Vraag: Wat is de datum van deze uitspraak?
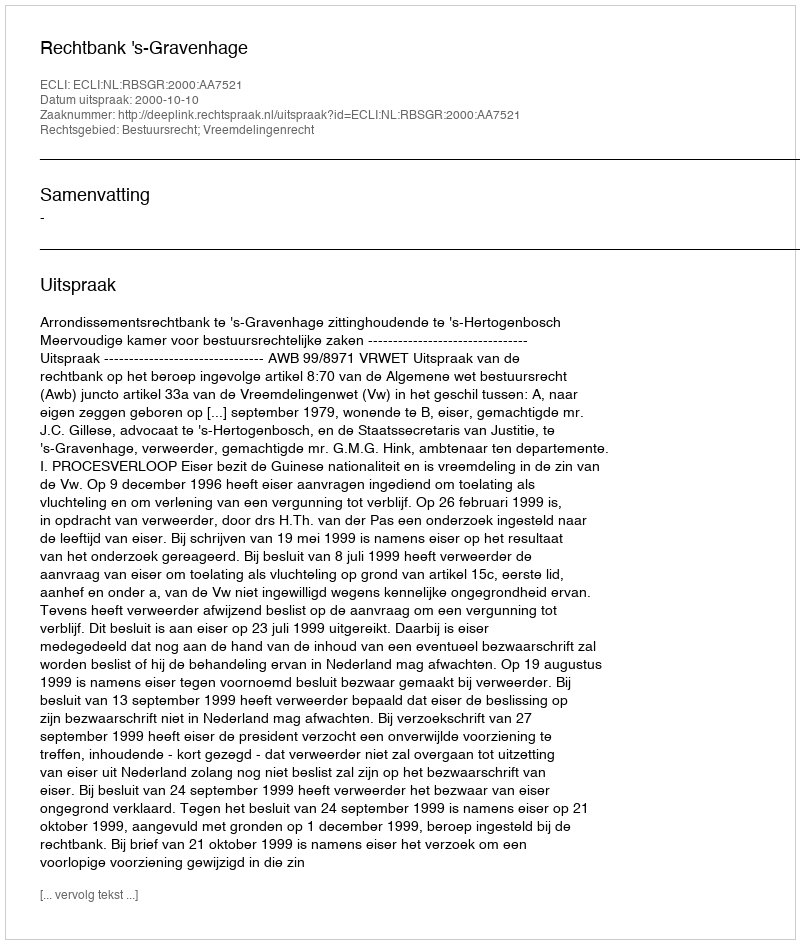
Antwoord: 2000-10-10